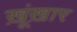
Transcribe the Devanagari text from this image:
ख़ूंख़ार